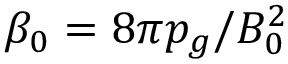
\beta _ { 0 } = 8 \pi p _ { g } / B _ { 0 } ^ { 2 }